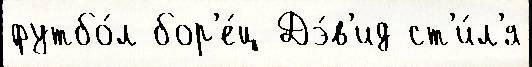
футбо́л бор'е́ц Дэ́в'ид ст'и́л'я